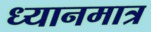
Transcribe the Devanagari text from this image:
ध्यानमात्र